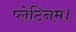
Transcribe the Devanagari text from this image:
प्लेटिनम।